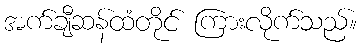
အက်ချီဆန်ထံတိုင် ကြားလိုက်သည်။